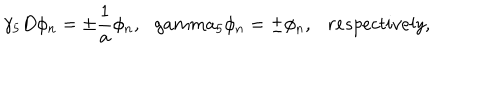
\gamma _ { 5 } D \phi _ { n } = \pm \frac { 1 } { a } \phi _ { n } , \ \ \, g a m m a _ { 5 } \phi _ { n } = \pm \phi _ { n } , \ \ \ r e s p e c t i v e l y ,